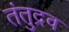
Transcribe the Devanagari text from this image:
तंतुद्रव